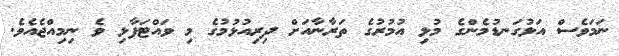
ނަމަވެސް އަޅުގަނޑުމެންގެ މުޅި އުމުރުގެ ތަރާނާއަށް ދިރިއުޅުމުގެ މި ވައްޓަފާޅި ވެ ނިމިއްޖެއެވެ.